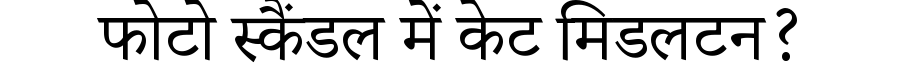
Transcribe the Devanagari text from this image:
फोटो स्कैंडल में केट मिडलटन?